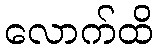
လောက်ထိ